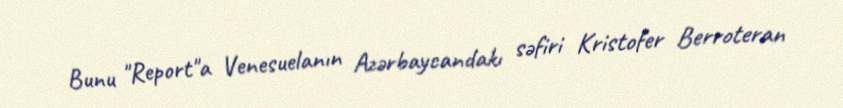
Bunu "Report"a Venesuelanın Azərbaycandakı səfiri Kristofer Berroteran